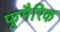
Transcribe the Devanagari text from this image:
फूमैरिक